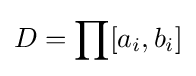
D=\prod [a_{i},b_{i}]